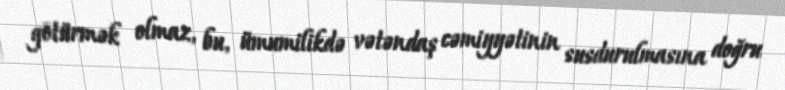
götürmək olmaz, bu, ümumilikdə vətəndaş cəmiyyətinin susdurulmasına doğru